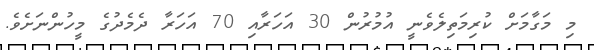
މި މަގާމަށް ކުރިމަތިލެވެނީ އުމުރުން 30 އަހަރާއި 70 އަހަރާ ދެމެދުގެ މީހުންނަށެވެ.